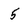
Character: 5